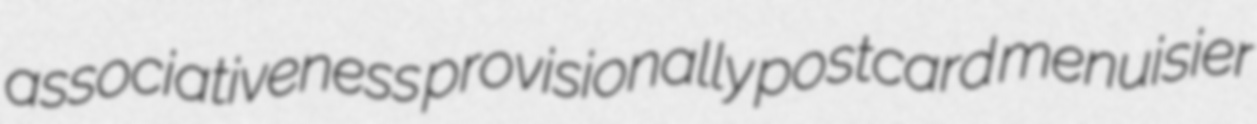
associativeness provisionally postcard menuisier